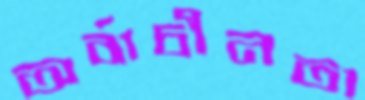
অর্বাচীনতা